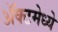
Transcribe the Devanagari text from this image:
ॲक्टमेध्ये